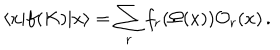
LaTeX: \langle x | f ( K ) | x \rangle = \sum _ { r } f _ { r } ( \Omega ( x ) ) { \cal O } _ { r } ( x ) \, .